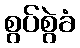
စွပ်စွဲခံ